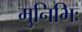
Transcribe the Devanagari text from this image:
मुनिभिः